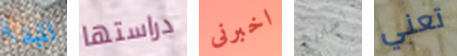
للبدأ دراستها اخبرنى أستريح تعني